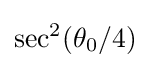
\sec ^{2}(\theta _{0}/4)